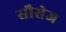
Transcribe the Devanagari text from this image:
सौसेज